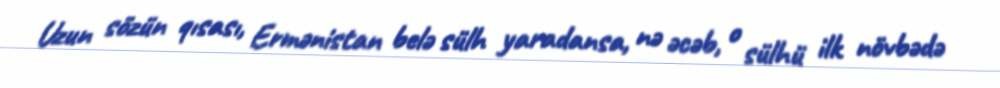
Uzun sözün qısası, Ermənistan belə sülh yaradansa, nə əcəb, o sülhü ilk növbədə